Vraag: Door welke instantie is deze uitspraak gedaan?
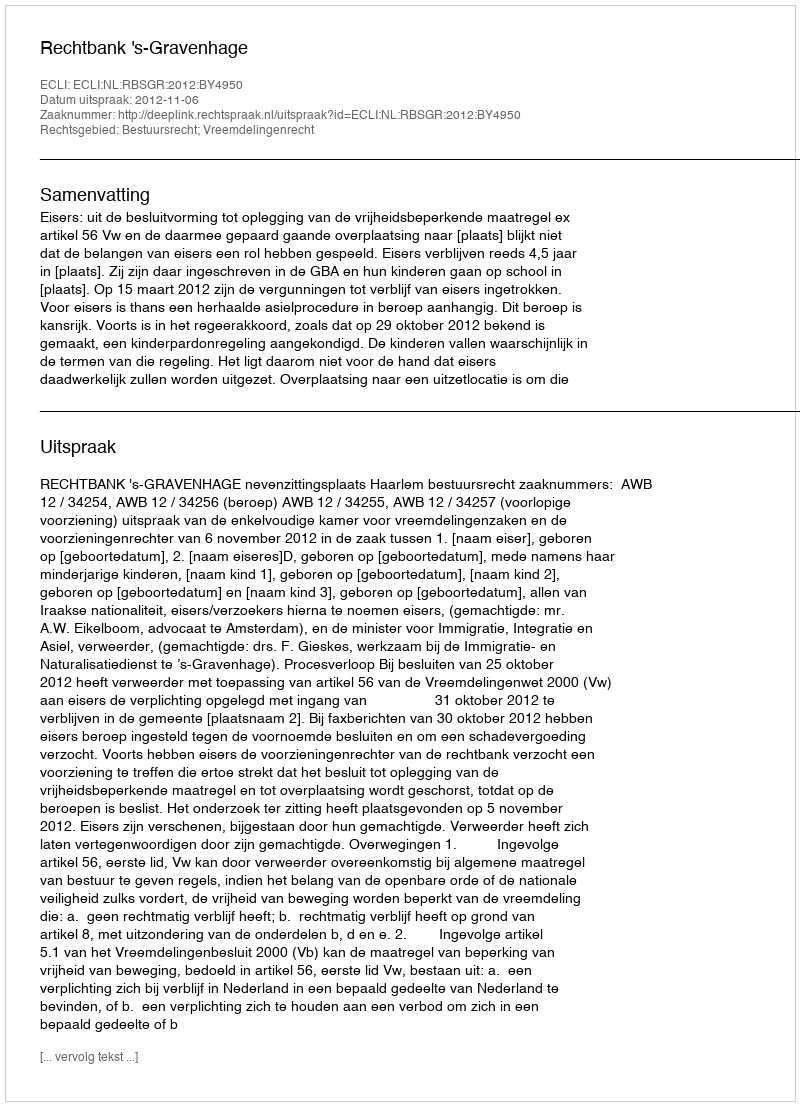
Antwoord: Rechtbank 's-Gravenhage